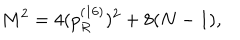
M ^ { 2 } = 4 ( p _ { R } ^ { ( 1 6 ) } ) ^ { 2 } + 8 ( N - 1 ) ,